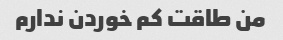
من طاقت کم خوردن ندارم